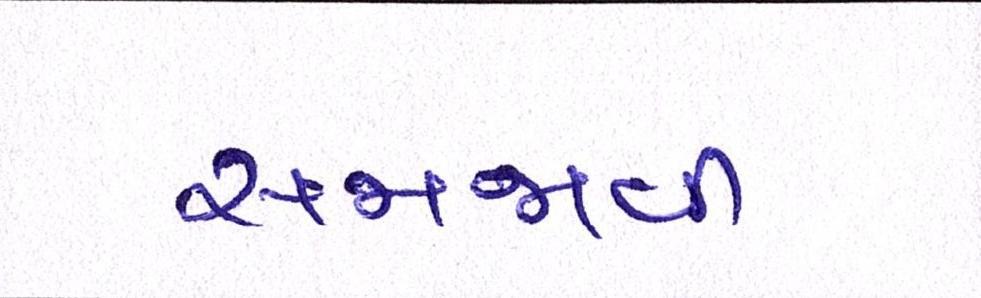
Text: સમજાવી